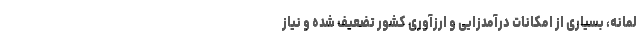
لمانه، بسیاری از امکانات درآمدزایی و ارزآوری کشور تضعیف شده و نیاز